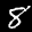
Label: 8